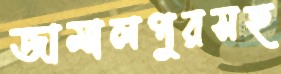
জামালপুরসহ